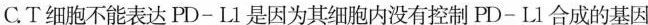
C.T细胞不能表达PD~L1是因为其细胞内没有控制PD-L1合成的基因